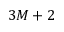
3 M + 2